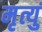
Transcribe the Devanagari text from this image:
मृत्युं